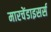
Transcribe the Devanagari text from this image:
मारचेंडाइसर्स